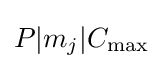
P|m_{j}|C_{\max }